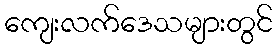
ကျေးလက်ဒေသများတွင်